Veterinary regulations India, 1935 -
Year: 1935
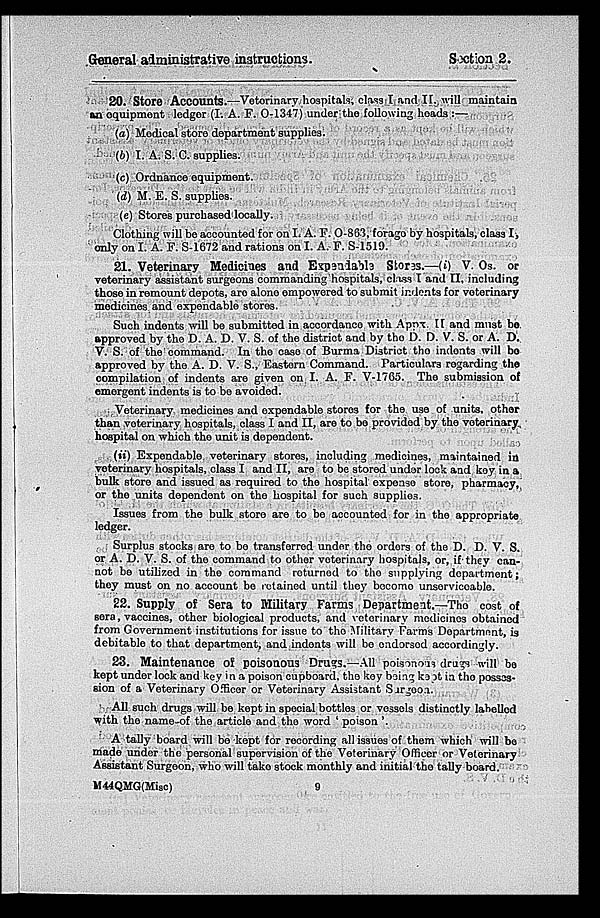
General administrative instructions.
Section 2.
20. Store Accounts.—Veterinary hospitals, class I and II. will maintain
an equipment ledger (I. A. F. 0-1347) under the following heads :—
(a) Medical store department supplies.
(b) I. A. S. C. supplies.
(c) Ordnance equipment.
(d) M. E. S. supplies.
(e) Stores purchased locally.
Clothing will be accounted for on I. A. F. 0-863, forage by hospitals, class I,
only on I. A. F. S-1672 and rations on I. A. F. S-1519.
21. Veterinary Medicines and Expendable Stores.—(i) V. Os. or
veterinary assistant surgeons commanding hospitals, class I and II, including
those in remount depots, are alone empowered to submit indents for veterinary
medicines and expendable stores.
Such indents will be submitted in accordance with Appx. II and must be
approved by the D. A. D. V. S. of the district and by the D. D. V. S. or A. D.
V. S. of the command. In the case of Burma District the indents will be
approved by the A. D. V. S. Eastern Command. Particulars regarding the
compilation of indents are given on I. A. F. V-1765. The submission of
emergent indents is to be avoided.
Veterinary medicines and expendable stores for the use of units, other
than veterinary hospitals, class I and II, are to be provided by the veterinary
hospital on which the unit is dependent.
(ii) Expendable veterinary stores, including medicines, maintained in
veterinary hospitals, class I and II, are to be stored under lock and key in a
bulk store and issued as required to the hospital expense store, pharmacy,
or the units dependent on the hospital for such supplies.
Issues from the bulk store are to be accounted for in the appropriate
ledger.
Surplus stocks are to be transferred under the orders of the D. D. V. S.
or A. D. V. S. of the command to other veterinary hospitals, or, if they can-
not be utilized in the command returned to the supplying department;
they must on no account be retained until they become unserviceable.
22. Supply of Sera to Military Farms Department.—The cost of
sera, vaccines, other biological products, and veterinary medicines obtained
from Government institutions for issue to the Military Farms Department, is
debitable to that department, and indents will be endorsed accordingly.
23. Maintenance of poisonous Drugs.—All poisonous drugs will be
kept under lock and key in a poison cupboard, the key being kept in the posses-
sion of a Veterinary Officer or Veterinary Assistant Surgeon.
All such drugs will be kept in special bottles or vessels distinctly labelled
with the name-of the article and the word 'poison '
A tally board will be kept for recording all issues of them which will be
made under the personal supervision of the Veterinary Officer or Veterinary
Assistant Surgeon, who will take stock monthly and initial the tally board.
M44QMG(Misc)
9